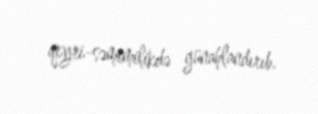
qeyri-səmimilikdə günahlandırıb.